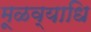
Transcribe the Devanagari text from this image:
मूळव्याधि